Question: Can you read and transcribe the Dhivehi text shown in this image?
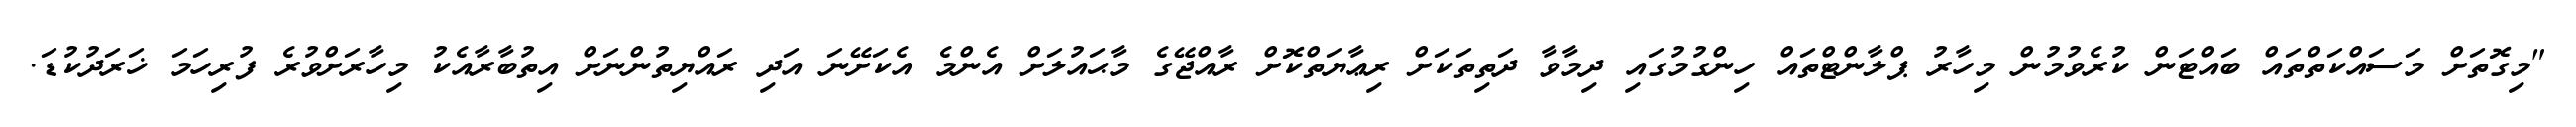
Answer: "މިގޮތަށް މަސައްކަތްތައް ބައްޓަން ކުރެވުމުން މިހާރު ޕްލާންޓްތައް ހިންގުމުގައި ދިމާވާ ދަތިތަކަށް ރިޢާޔަތްކޮށް ރާއްޖޭގެ މާޙައުލަށް އެންމެ އެކަށޭނަ އަދި ރައްޔިތުންނަށް އިތުބާރާއެކު މިހާރަށްވުރެ ފުރިހަމަ ޚަރަދުކުޑަ.